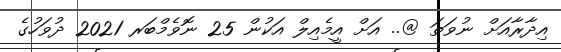
އިދާރާއަށް ނުވަތަ @.. އަށް އީމެއިލް އަކުން 25 ނޮވެމްބަރ 2021 ދުވަހުގެ